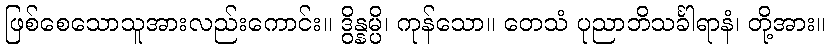
ဖြစ်စေသောသူအားလည်းကောင်း။ ဒွိန္နမ္ပိ၊ ကုန်သော။ တေသံ ပုညာဘိသင်္ခါရာနံ၊ တို့အား။